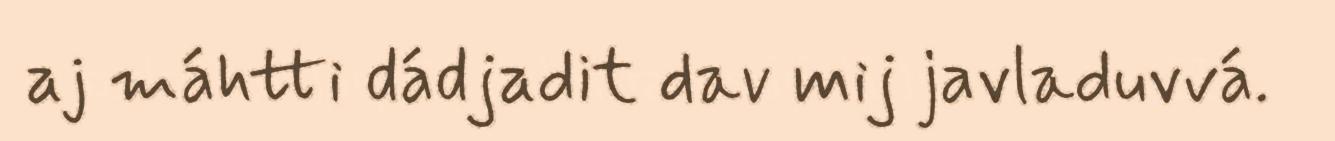
aj máhtti dádjadit dav mij javladuvvá.